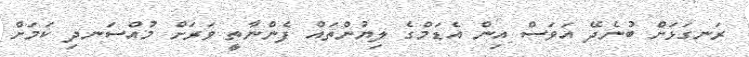
ރަނގަޅަށް ބުނެދޭ އަވަސް އިން އެޑަމްގެ ލިޔުންތައް ފެންނާތީ ވަރަށް މުއްސަނދި ކަމަށް